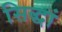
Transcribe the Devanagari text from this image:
सिद्धां